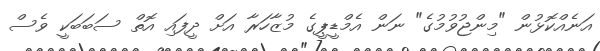
އަނެއްކޮޅުން "މިންޖުވުމުގެ" ނަން އެމްޑީޕީގެ މުޒާހަރާ އަށް ދީފައި އޮތް ސަބަބަކީ ވެސް